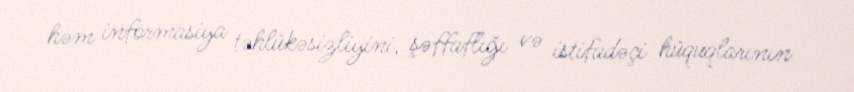
həm informasiya təhlükəsizliyini, şəffaflığı və istifadəçi hüquqlarının